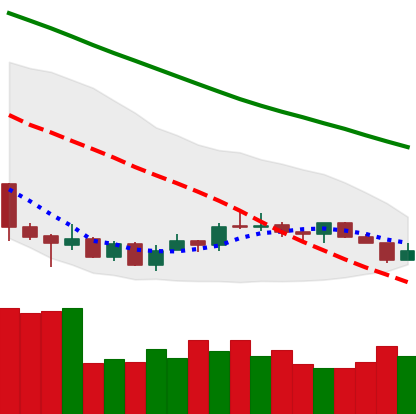
Ticker: LTC-USD
Chart end date: 2018-07-11
Forward return: 7.492%
Label: up_7plus